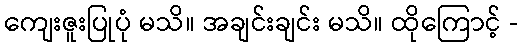
ကျေးဇူးပြုပုံ မသိ။ အချင်းချင်း မသိ။ ထိုကြောင့် -